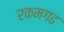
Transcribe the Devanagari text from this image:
रकमगढ